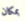
بمكان